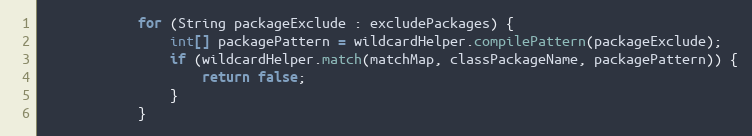
Language: Java
			for (String packageExclude : excludePackages) {
				int[] packagePattern = wildcardHelper.compilePattern(packageExclude);
				if (wildcardHelper.match(matchMap, classPackageName, packagePattern)) {
					return false;
				}
			}